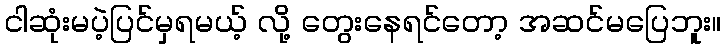
ငါဆုံးမပဲ့ပြင်မှရမယ့် လို့ တွေးနေရင်တော့ အဆင်မပြေဘူး။